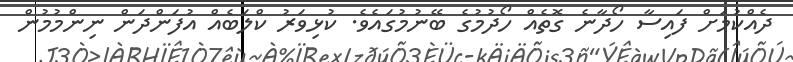
ދެއްކުމަށް ފައިސާ ހޯދާނެ ގޮތެއް ހޯދުމުގެ ބޭނުމުގައެވެ. ކުޅިވަރު ކްލަބެއް އުފަންދަން ނިންމުމުން